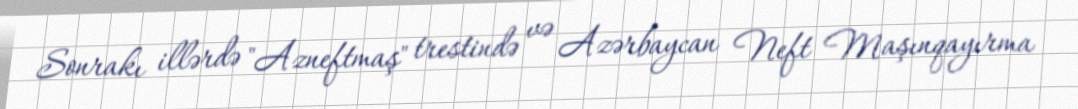
Sonrakı illərdə "Azneftmaş" trestində və Azərbaycan Neft Maşınqayırma